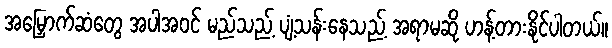
အမြှောက်ဆံတွေ အပါအဝင် မည်သည့် ပျံ့သန်းနေသည့် အရာမဆို ဟန့်တားနိုင်ပါတယ်။